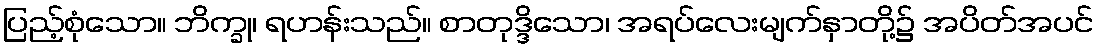
ပြည့်စုံသော။ ဘိက္ခု၊ ရဟန်းသည်။ စာတုဒ္ဒိသော၊ အရပ်လေးမျက်နှာတို့၌ အပိတ်အပင်